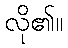
လို၏။